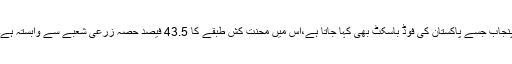
پنجاب جسے پاکستان کی فوڈ باسکٹ بھی کہا جاتا ہے،اس میں محنت کش طبقے کا 43.5 فیصد حصہ زرعی شعبے سے وابستہ ہے۔